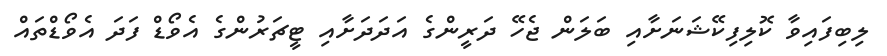
ލިބިފައިވާ ކޮލިފިކޭޝަނަށާއި ބަލަން ޖެހޭ ދަރީންގެ އަދަދަށާއި ޓީޗަރުންގެ އެވޯޑް ފަދަ އެވޯޑްތައް